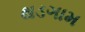
થડગામ